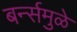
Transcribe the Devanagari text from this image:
बर्न्समुळे